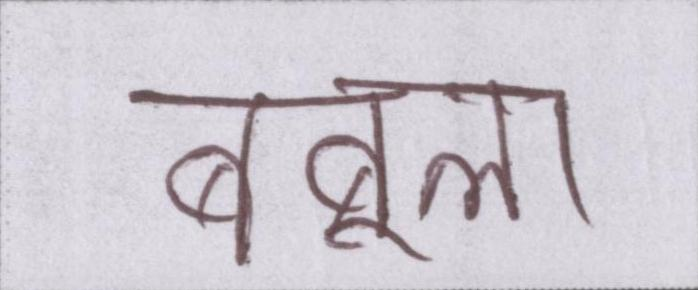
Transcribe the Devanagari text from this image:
बबूला